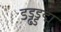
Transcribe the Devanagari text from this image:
डड्ढड्डद्म